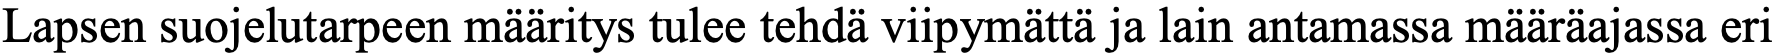
Lapsen suojelutarpeen määritys tulee tehdä viipymättä ja lain antamassa määräajassa eri